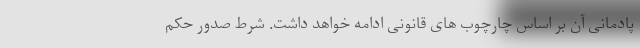
پادمانی آن بر اساس چارچوب های قانونی ادامه خواهد داشت. شرط صدور حکم